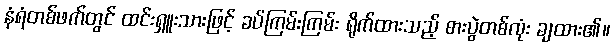
နံရံတစ်ဖက်တွင် ထင်းရှူးသားဖြင့် ခပ်ကြမ်းကြမ်း ရိုက်ထားသည့် စားပွဲတစ်လုံး ချထား၏။